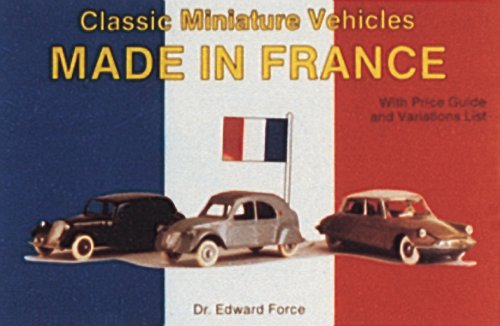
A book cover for Classic Miniature Vehicles: Made in France; Edward Force; Crafts, Hobbies & Home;